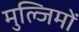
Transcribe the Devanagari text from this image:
मुल्जिमों